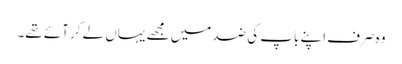
وہ صرف اپنے باپ کی ضد میں مجھے یہاں لے کر آئے تھے۔